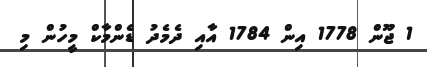
1 ޖޫން 1778 އިން 1784 އާއި ދެމެދު ޑެންމާކް މީހުން މި